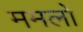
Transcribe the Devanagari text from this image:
ममलों